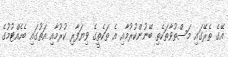
އޭގެ ތެރޭގައި މަސްތުވާތަކެތި ބޭނުންކުރުމާއި އެ ތަކެތީގެ ވިޔަފާރި ކުރުމާއި އަތުގައި ބެހެއްޓުމުގެ